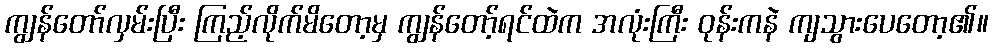
ကျွန်တော်လှမ်းပြီး ကြည့်လိုက်မိတော့မှ ကျွန်တော့်ရင်ထဲက အလုံးကြီး ဝုန်းကနဲ ကျသွားပေတော့၏။